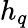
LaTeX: h_{q}